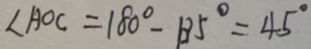
\angle A O C = 1 8 0 ^ { \circ } - 1 3 5 ^ { \circ } = 4 5 ^ { \circ }